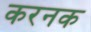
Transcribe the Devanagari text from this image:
करनक